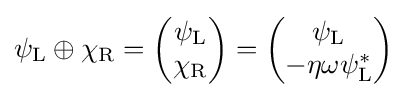
\psi _{\rm {L}}\oplus \chi _{\rm {R}}={\begin{pmatrix}\psi _{\rm {L}}\\\chi _{\rm {R}}\end{pmatrix}}={\begin{pmatrix}\psi _{\rm {L}}\\-\eta \omega \psi _{\rm {L}}^{*}\end{pmatrix}}